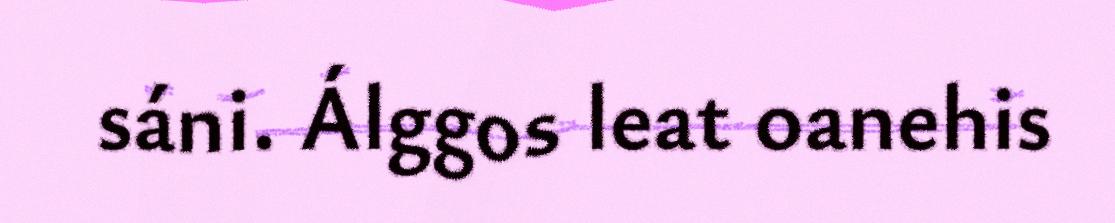
sáni. Álggos leat oanehis